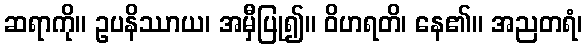
ဆရာကို။ ဥပနိဿာယ၊ အမှီပြု၍။ ဝိဟရတိ၊ နေ၏။ အညတရံ၊